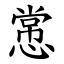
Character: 㦂